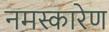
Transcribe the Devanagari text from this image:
नमस्कारेण